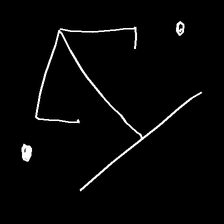
Glyph: earth